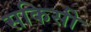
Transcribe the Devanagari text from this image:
सकिसी